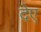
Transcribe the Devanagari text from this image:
देए